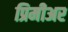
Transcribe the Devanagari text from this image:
प्रिमीअर